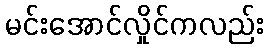
မင်းအောင်လှိုင်ကလည်း